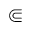
\Subset